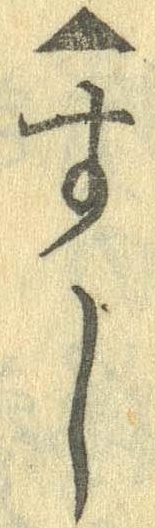
▲すし